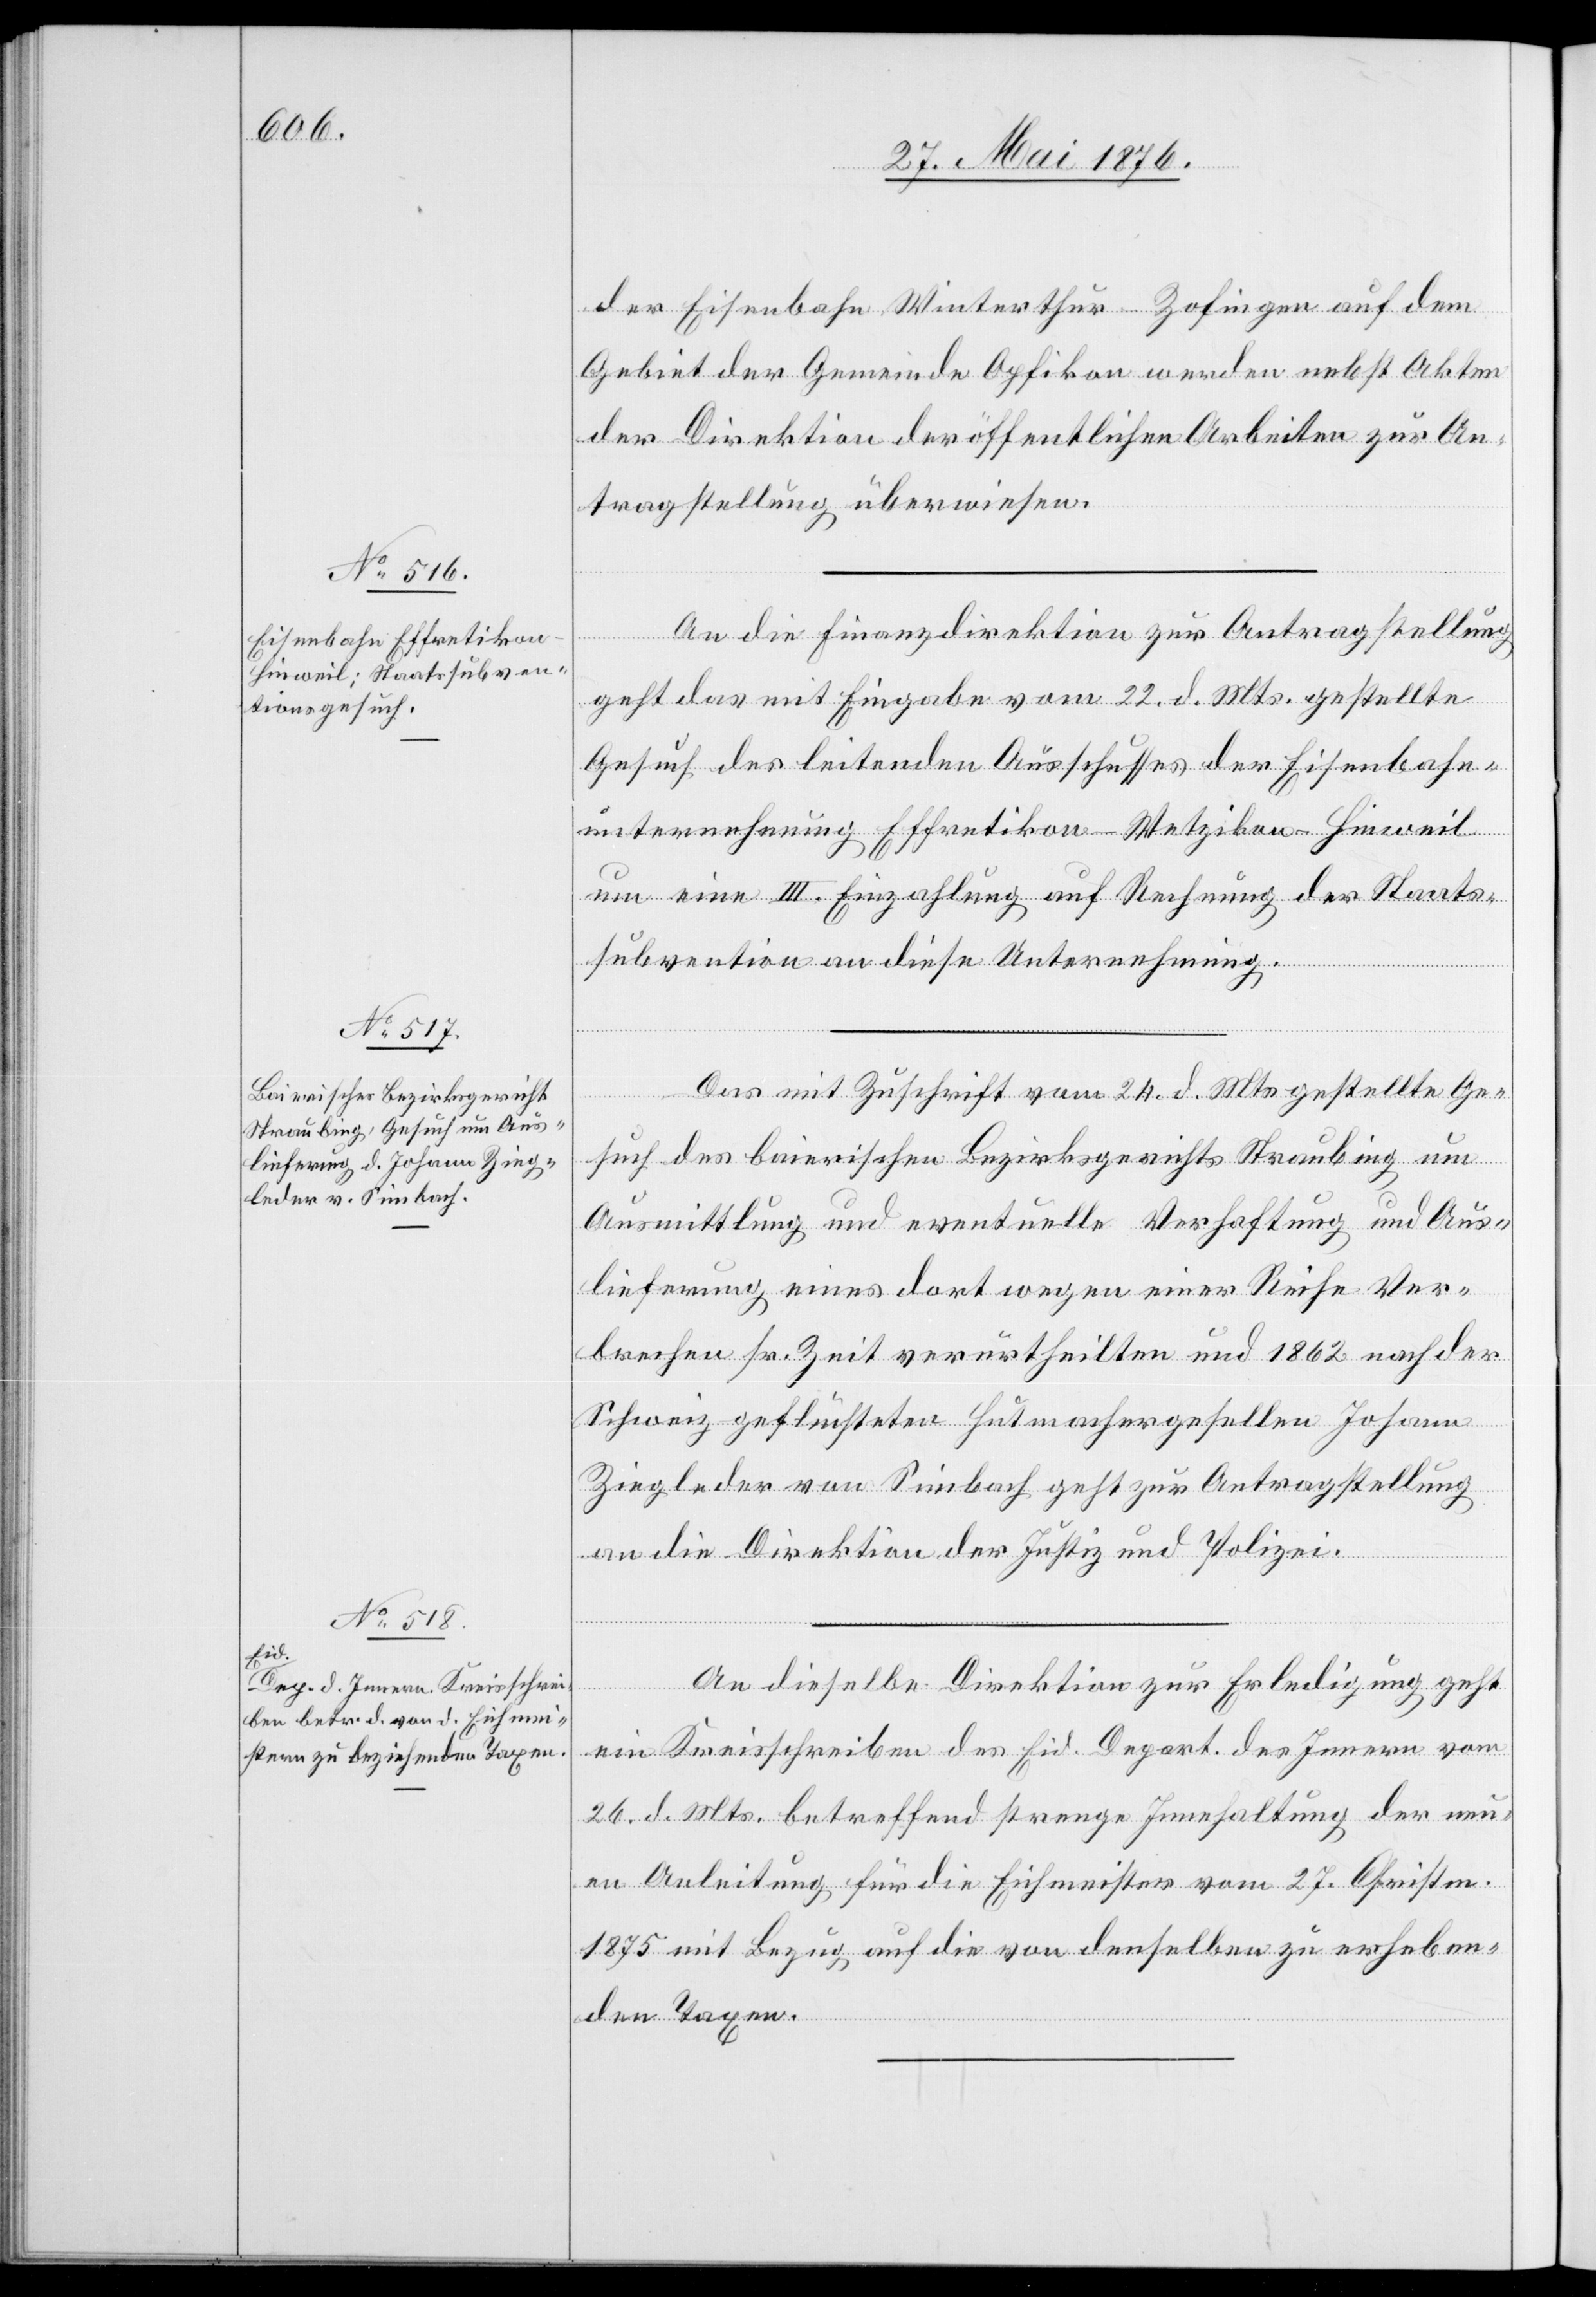
der

29. Mai 1876.]
Eisenbahn Winterthur–Zofingen auf dem
Gebiet der Gemeinde Opfikon werden nebst Akten
der Direktion der öffentlichen Arbeiten zur An¬
tragstellung überwiesen.
An die Finanzdirektion zur Antragstellung
geht das mit Eingabe vom 22. d. Mts. gestellte
Gesuch des leitenden Ausschusses der Eisenbahn¬
unternehmung Effretikon–Wetzikon–Hinweil
um eine III. Einzahlung auf Rechnung der Staats¬
subvention an diese Unternehmung.
Das mit Zuschrift vom 24. d. Mts. gestellte Ge¬
such des bairischen Bezirksgerichts Straubing um
Ausmittlung und eventuelle Verhaftung und Aus¬
lieferung eines dort wegen einer Reihe Ver¬
brechen sr. Zeit verurtheilten und 1862 nach der
Schweiz geflüchteten Hutmachergesellen Johann
Ziegleder von Simbach geht zur Antragstellung
an die Direktion der Justiz und Polizei.
An dieselbe Direktion zur Erledigung geht
ein Kreisschreiben des Eid. Depart. des Innern vom
26. d. Mts. betreffend strenge Innehaltung der neu¬
en Anleitung für die Eichmeister vom 27. Christm.
1875 mit Bezug auf die von denselben zu erheben¬
den Taxen.